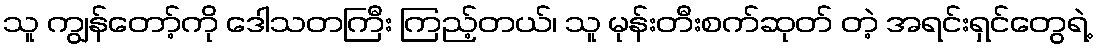
သူ ကျွန်တော့်ကို ဒေါသတကြီး ကြည့်တယ်၊ သူ မုန်းတီးစက်ဆုတ် တဲ့ အရင်းရှင်တွေရဲ့